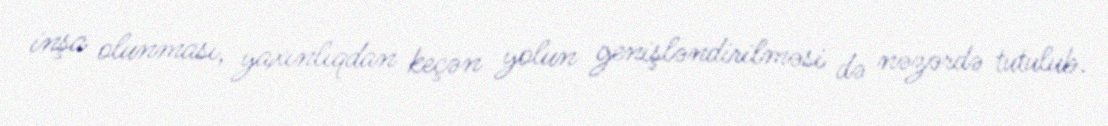
inşa olunması, yaxınlıqdan keçən yolun genişləndirilməsi də nəzərdə tutulub.